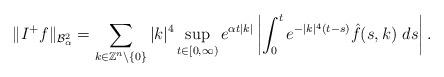
LaTeX: \begin{align*}\|I^{+}f\|_{\mathcal{B}_{\alpha}^{2}}=\sum_{k\in\mathbb{Z}^{n}\setminus\{0\}}|k|^{4}\sup_{t\in[0,\infty)}e^{\alpha t |k|}\left|\int_{0}^{t}e^{-|k|^{4}(t-s)}\hat{f}(s,k)\ ds\right|.\end{align*}